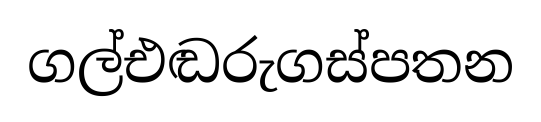
ගල්එඬරුගස්පතන